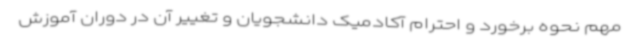
مهم نحوه برخورد و احترام آکادمیک دانشجویان و تغییر آن در دوران آموزش